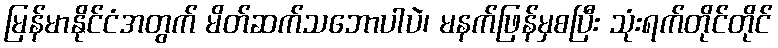
မြန်မာနိုင်ငံအတွက် မိတ်ဆက်သဘောပါပဲ၊ မနက်ဖြန်မှစပြီး သုံးရက်တိုင်တိုင်